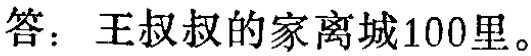
答：王叔叔的家离城100里。